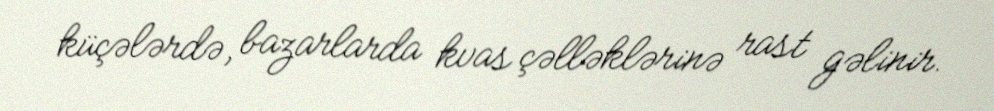
küçələrdə, bazarlarda kvas çəlləklərinə rast gəlinir.